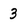
Character: 3